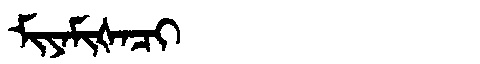
Manchu: ᠮᡳᠶᠠᠮᡳᡧᠠᠴᡳ
Romanization: MIYAMIŠACI